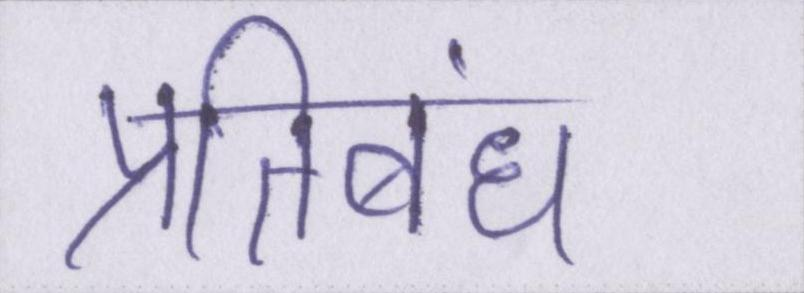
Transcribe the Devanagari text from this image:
प्रतिबंध